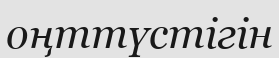
оңттүстігін